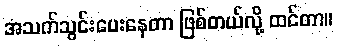
အသက်သွင်းပေးနေတာ ဖြစ်တယ်လို့ ထင်တာ။